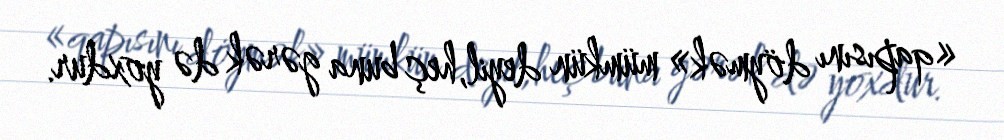
«qapısını döymək» mümkün deyil,heç buna gərək də yoxdur.